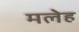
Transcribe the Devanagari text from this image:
मलेह